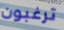
ترغبون